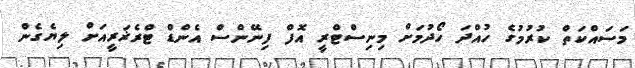
މަސައްކަތް ކުރުމުގެ ހުއްދަ ހޯދުމަށް މިނިސްޓްރީ އޮފް ފިނޭންސް އެންޑް ޓްރެޜަރީއަށް ލިޔެގެން